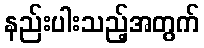
နည်းပါးသည့်အတွက်